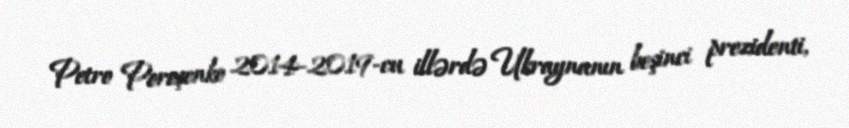
Petro Poroşenko 2014-2019-cu illərdə Ukraynanın beşinci prezidenti,